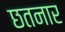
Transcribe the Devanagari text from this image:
छतनार